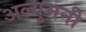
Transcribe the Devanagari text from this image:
अल्युमनी